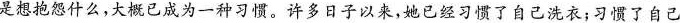
是想抱怨什么，大概已成为一种习惯。许多日子以来，她已经习惯了自己洗衣;习惯了自己